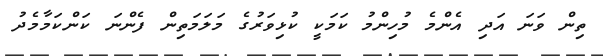
ތިން ވަނަ އަދި އެންމެ މުހިންމު ކަމަކީ ކުޅިވަރުގެ މަލަމަތިން ފެންނަ ކަންކަމާމެދު